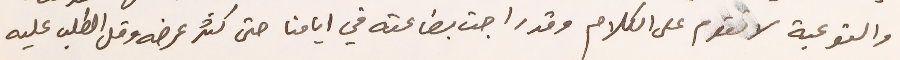
والتوعية لا تقوم على الكلام وقد راجت بضاعته في ايامنا حتى كثر عرضه وقل الطلب عليه